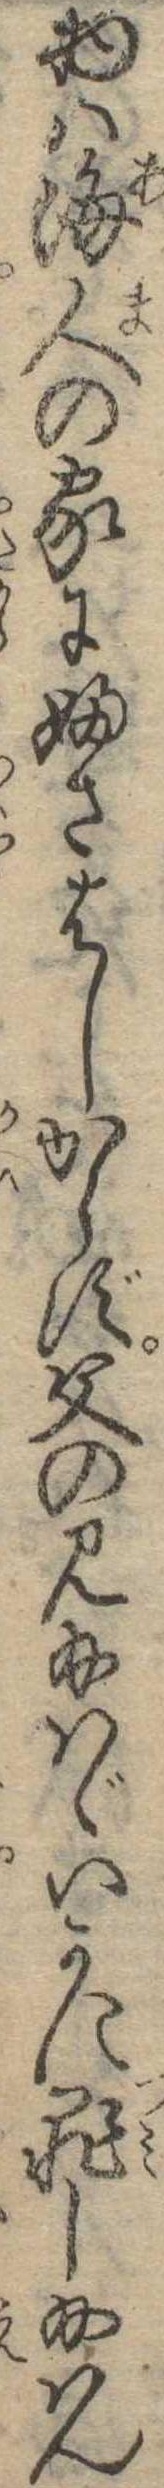
物は海人の家にふさはしからず父の見給はゞいかに罪し給はん